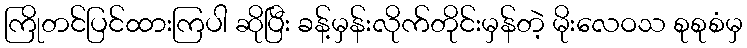
ကြိုတင်ပြင်ထားကြပါ ဆိုပြီး ခန့်မှန်းလိုက်တိုင်းမှန်တဲ့ မိုးလေဝသ စုစုစံမှ